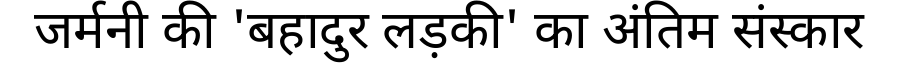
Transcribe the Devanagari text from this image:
जर्मनी की 'बहादुर लड़की' का अंतिम संस्कार